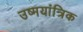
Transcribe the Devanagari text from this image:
उष्मयांत्रिक